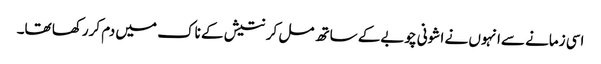
اسی زمانے سےانہوں نے ا شونی چوبےکے ساتھ مل کر نتیش کے ناک میں دم کررکھا تھا۔